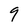
Character: 9